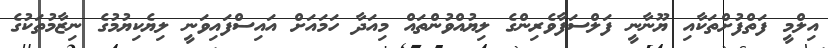
އިލްމީ ފަތްފުށްތަކާއި ޔޫނާނީ ފަލްސަފާވެރިންގެ ލިޔުއްވުންތައް މިއަދާ ހަމައަށް އައިސްފައިވަނީ ލިޔެކިޔުމުގެ ނިޒާމުތަކުގެ